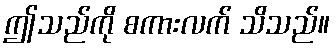
ဤသည်ကို စကားလက် သိသည်။